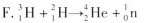
F. $$_ { 1 } ^ { 3 } H + _ { 1 } ^ { 2 } H \rightarrow _ { 2 } ^ { 4 } H e + _ { 0 } ^ { 1 } n$$